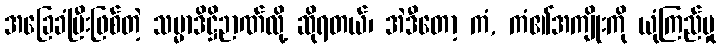
အခြေခံပြီးဖြစ်တဲ့ သမ္မာဒိဋ္ဌိဉာဏ်လို့ ဆိုရတယ်၊ အဲဒီတော့ ကံ, ကံ၏အကျိုးကို ယုံကြည်မှု